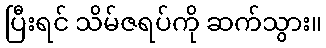
ပြီးရင် သိမ်ဇရပ်ကို ဆက်သွား။